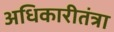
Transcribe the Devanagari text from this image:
अधिकारीतंत्रा